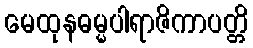
မေထုနဓမ္မပါရာဇိကာပတ္တိ